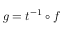
g = t ^ { - 1 } \circ f